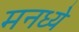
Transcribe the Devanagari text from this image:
मनध्ये